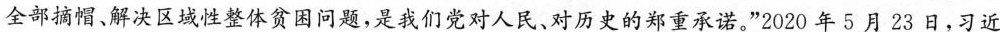
全部摘帽、解决区域性整体贫困问题，是我们党对人民、对历史的郑重承诺。”2020年5月23日，习近